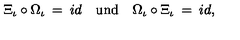
\Xi _ { \iota } \circ \Omega _ { \iota } \: = \: i d \quad \mathrm { u n d } \quad \Omega _ { \iota } \circ \Xi _ { \iota } \: = \: i d ,